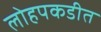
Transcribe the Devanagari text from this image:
लोहपकडीत